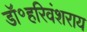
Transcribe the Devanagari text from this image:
डॉ॰हरिवंशराय